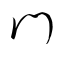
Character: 門